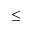
\leq